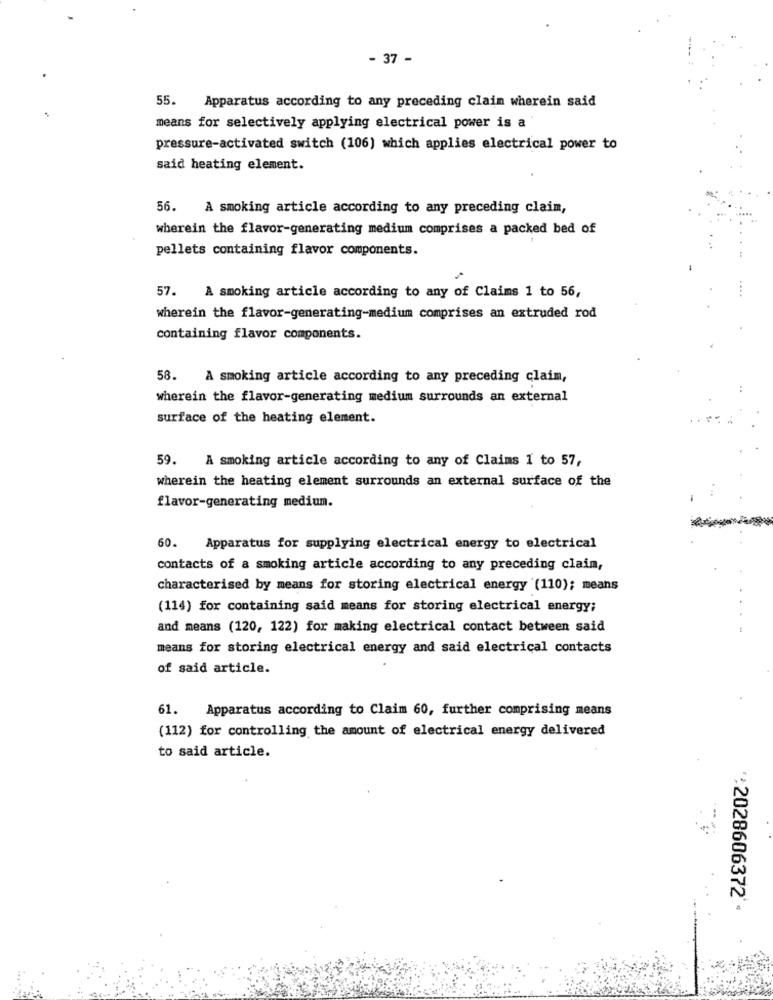
- 37 -
55.
Apparatus according to any preceding claim wherein said
means for selectively applying electrical power is a
pressure-activated switch (106) which applies electrical power to
said heating element.
56. A smoking article according to any preceding claim,
wherein the flavor-generating medium comprises a packed bed of
pellets containing flavor components.
57. A smoking article according to any of Claims 1 to 56,
wherein the flavor-generating-medium comprises an extruded rod
containing flavor components.
58. A smoking article according to any preceding claim,
wherein the flavor-generating medium surrounds an external
surface of the heating element.
59. A smoking article according to any of Claims 1 to 57,
wherein the heating element surrounds an external surface of the
flavor-generating medium.
60.
Apparatus for supplying electrical energy to electrical
contacts of a smoking article according to any preceding claim,
characterised by means for storing electrical energy (110); means
(114) for containing said means for storing electrical energy;
and means (120, 122) for making electrical contact between said
-
means for storing electrical energy and said electrical contacts
of said article.
61.
Apparatus according to Claim 60, further comprising means
(112) for controlling the amount of electrical energy delivered
to said article.
*: 2028606372 **